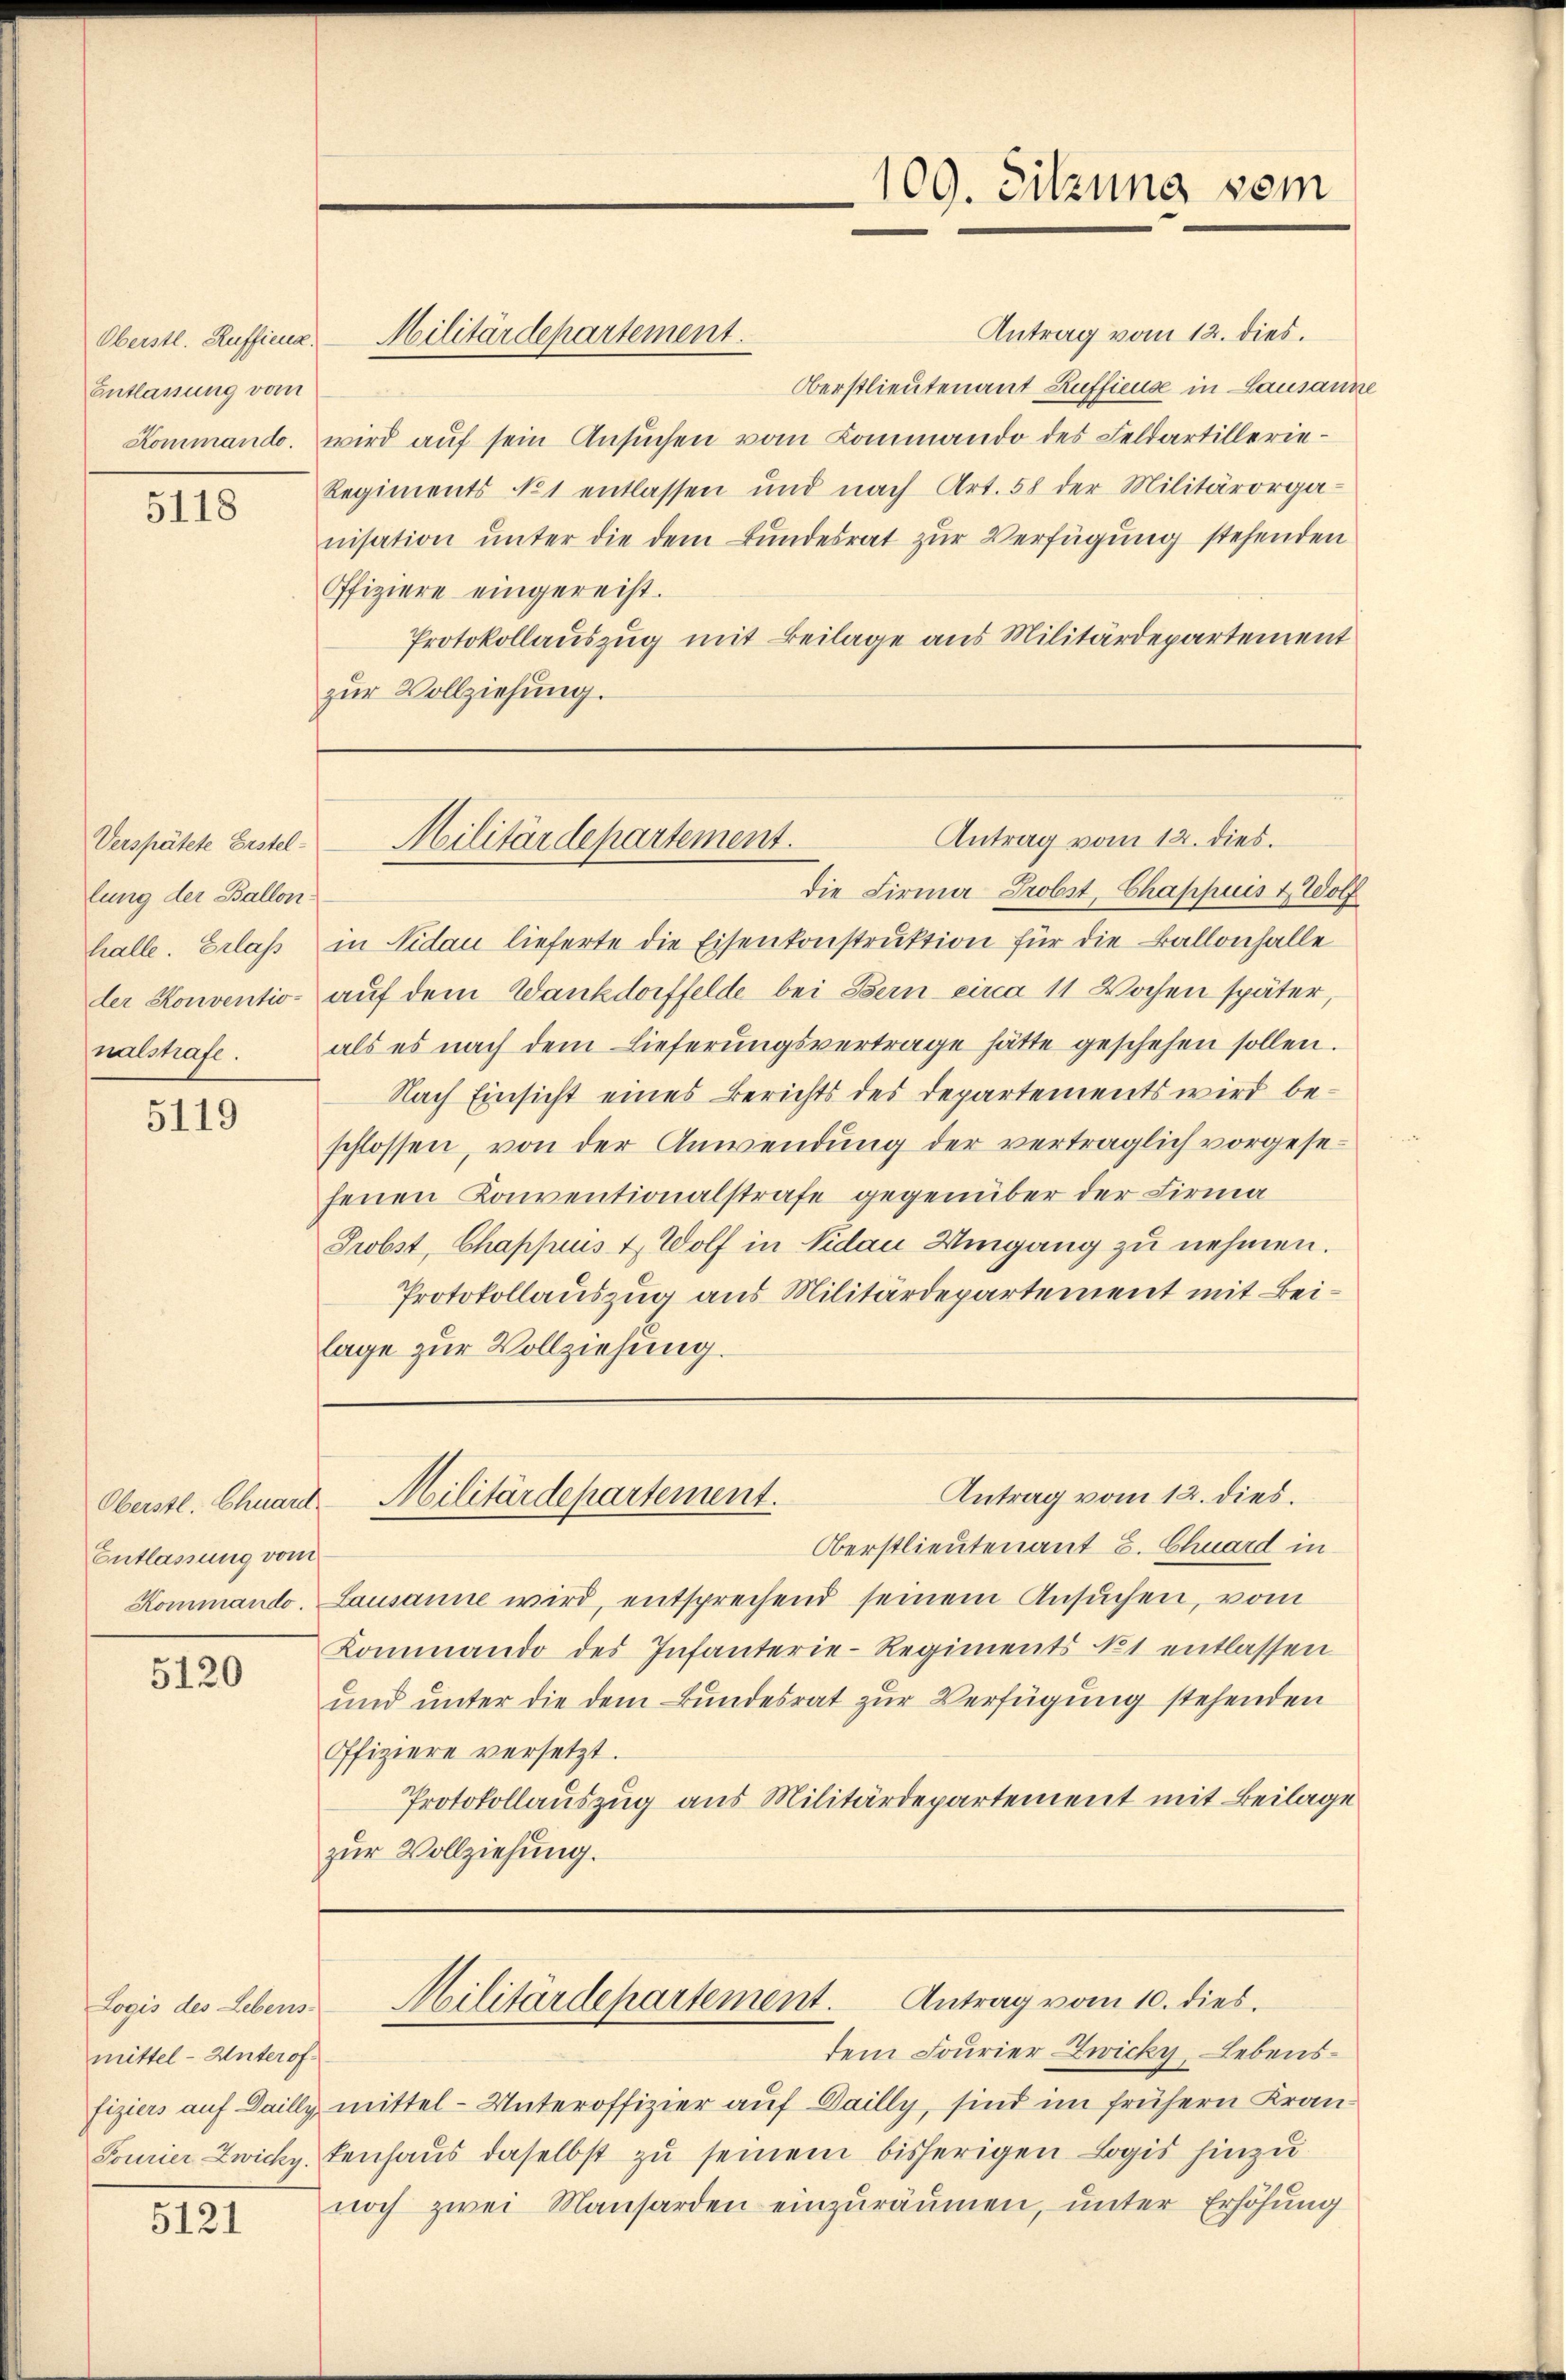
Oberstl. Ruffieng
Entlassung vom
Kommando.

5118

Verspätete Erstellung der Ballon
halle. Erlass
der Konventio-
nalchaft.

5119

Entlassung vom
Kommando.

5120

mittel - Unterof¬

5121

Antrag vom 12. dies.
Oberstlieutenant Ruffieuse in Lausanne
wird auf sein Ansuchen vom Kommando des Feldartillerie¬
Regiments No 1 entlassen und nach Art. 58 der Militärorga-
nisation unter die dem Bundesrat zur Verfügung stehenden
Ofiziere eingereist.
Protokollauszug mit Beilage aus Militärdepartement
zur Vollziehung.

Militärdepartement.

109. Sitzung vom

Antrag vom 12. dies.
Militärdepartement.

die Firma Probst, Chappuis 1. Wolf
in Nidau lieferte die Eisenkonstruktion für die Ballonhalle
auf dem Wankdorffelde bei Bern circa 11 Wochen später,
als es nach dem Lieferŭngsvertrage hätte geschehen sollen.
Nach Einsicht eines Berichts des Departements wird beschlossen, von der Anwendung der vertraglich vorgesefenen Konventionalstrafe gegenüber der Firma
Probst, Chappeus & Wolf in Nidau Umgang zu nehmen.
Protokollauszug aus Militärdepartement mit Beilage zur Vollziehung.

Oberstlieutenant E. Chuard in
Lausanne wird, entsprechend seinem Ansuchen, vom
Kommando des Infanterie-Regiments Not entlassen
und unter die dem Bundesrat zur Verfügung stehenden
Ofiziere versetzt.
Protokollauszug aus Militärdepartement mit Beilage
zur Vollziehung.

Antrag vom 12. dies.
Oberstl. Chuard Militärdepartement.

dem Fourier Zwicky, Lebensfiziers auf Dailly mittel-Unteroffizier auf Dailly, sind im frühern Kran¬
Fourier Zwicky enhaŭs daselbst zu seinem bisherigen Logis hinzu
noch zwei Mansarden einzuräumen, unter Erhöhung

Logis des Lebens Militärdepartement. Antrag vom 10. dies.